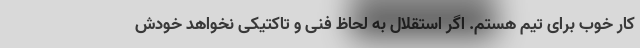
کار خوب برای تیم هستم. اگر استقلال به لحاظ فنی و تاکتیکی نخواهد خودش